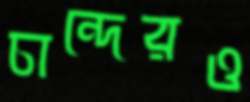
চান্দেরও